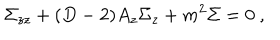
\Sigma _ { z z } + ( D - 2 ) A _ { z } \Sigma _ { z } + m ^ { 2 } \Sigma = 0 ~ ,